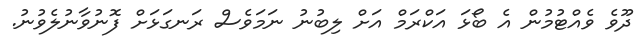
ދޫވެ ވެއްޓުމުން އެ ބޯޅަ އަކްރަމް އަށް ލިބުނު ނަމަވެސް ރަނގަޅަށް ފޮނުވާނުލެވުނު.